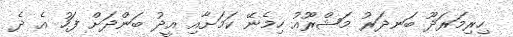
ހިރިމަރަދޫ ބަނދަރު މަޝްރޫއު ހިމެނޭ ކަމަށާއި އީދު ބަންދަށް ފަހު އެ ދެ